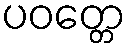
ပဝတ္တေ